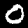
Digit: 0